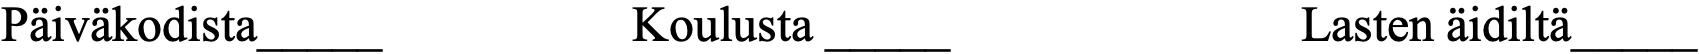
Päiväkodista_____    Koulusta _____        Lasten äidiltä_____